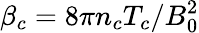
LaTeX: \beta_{c}=8\pi n_{c}T_{c}/B_{0}^{2}